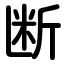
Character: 断